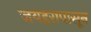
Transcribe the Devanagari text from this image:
जयहरापासून